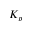
K _ { p }